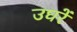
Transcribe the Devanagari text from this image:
उघरें